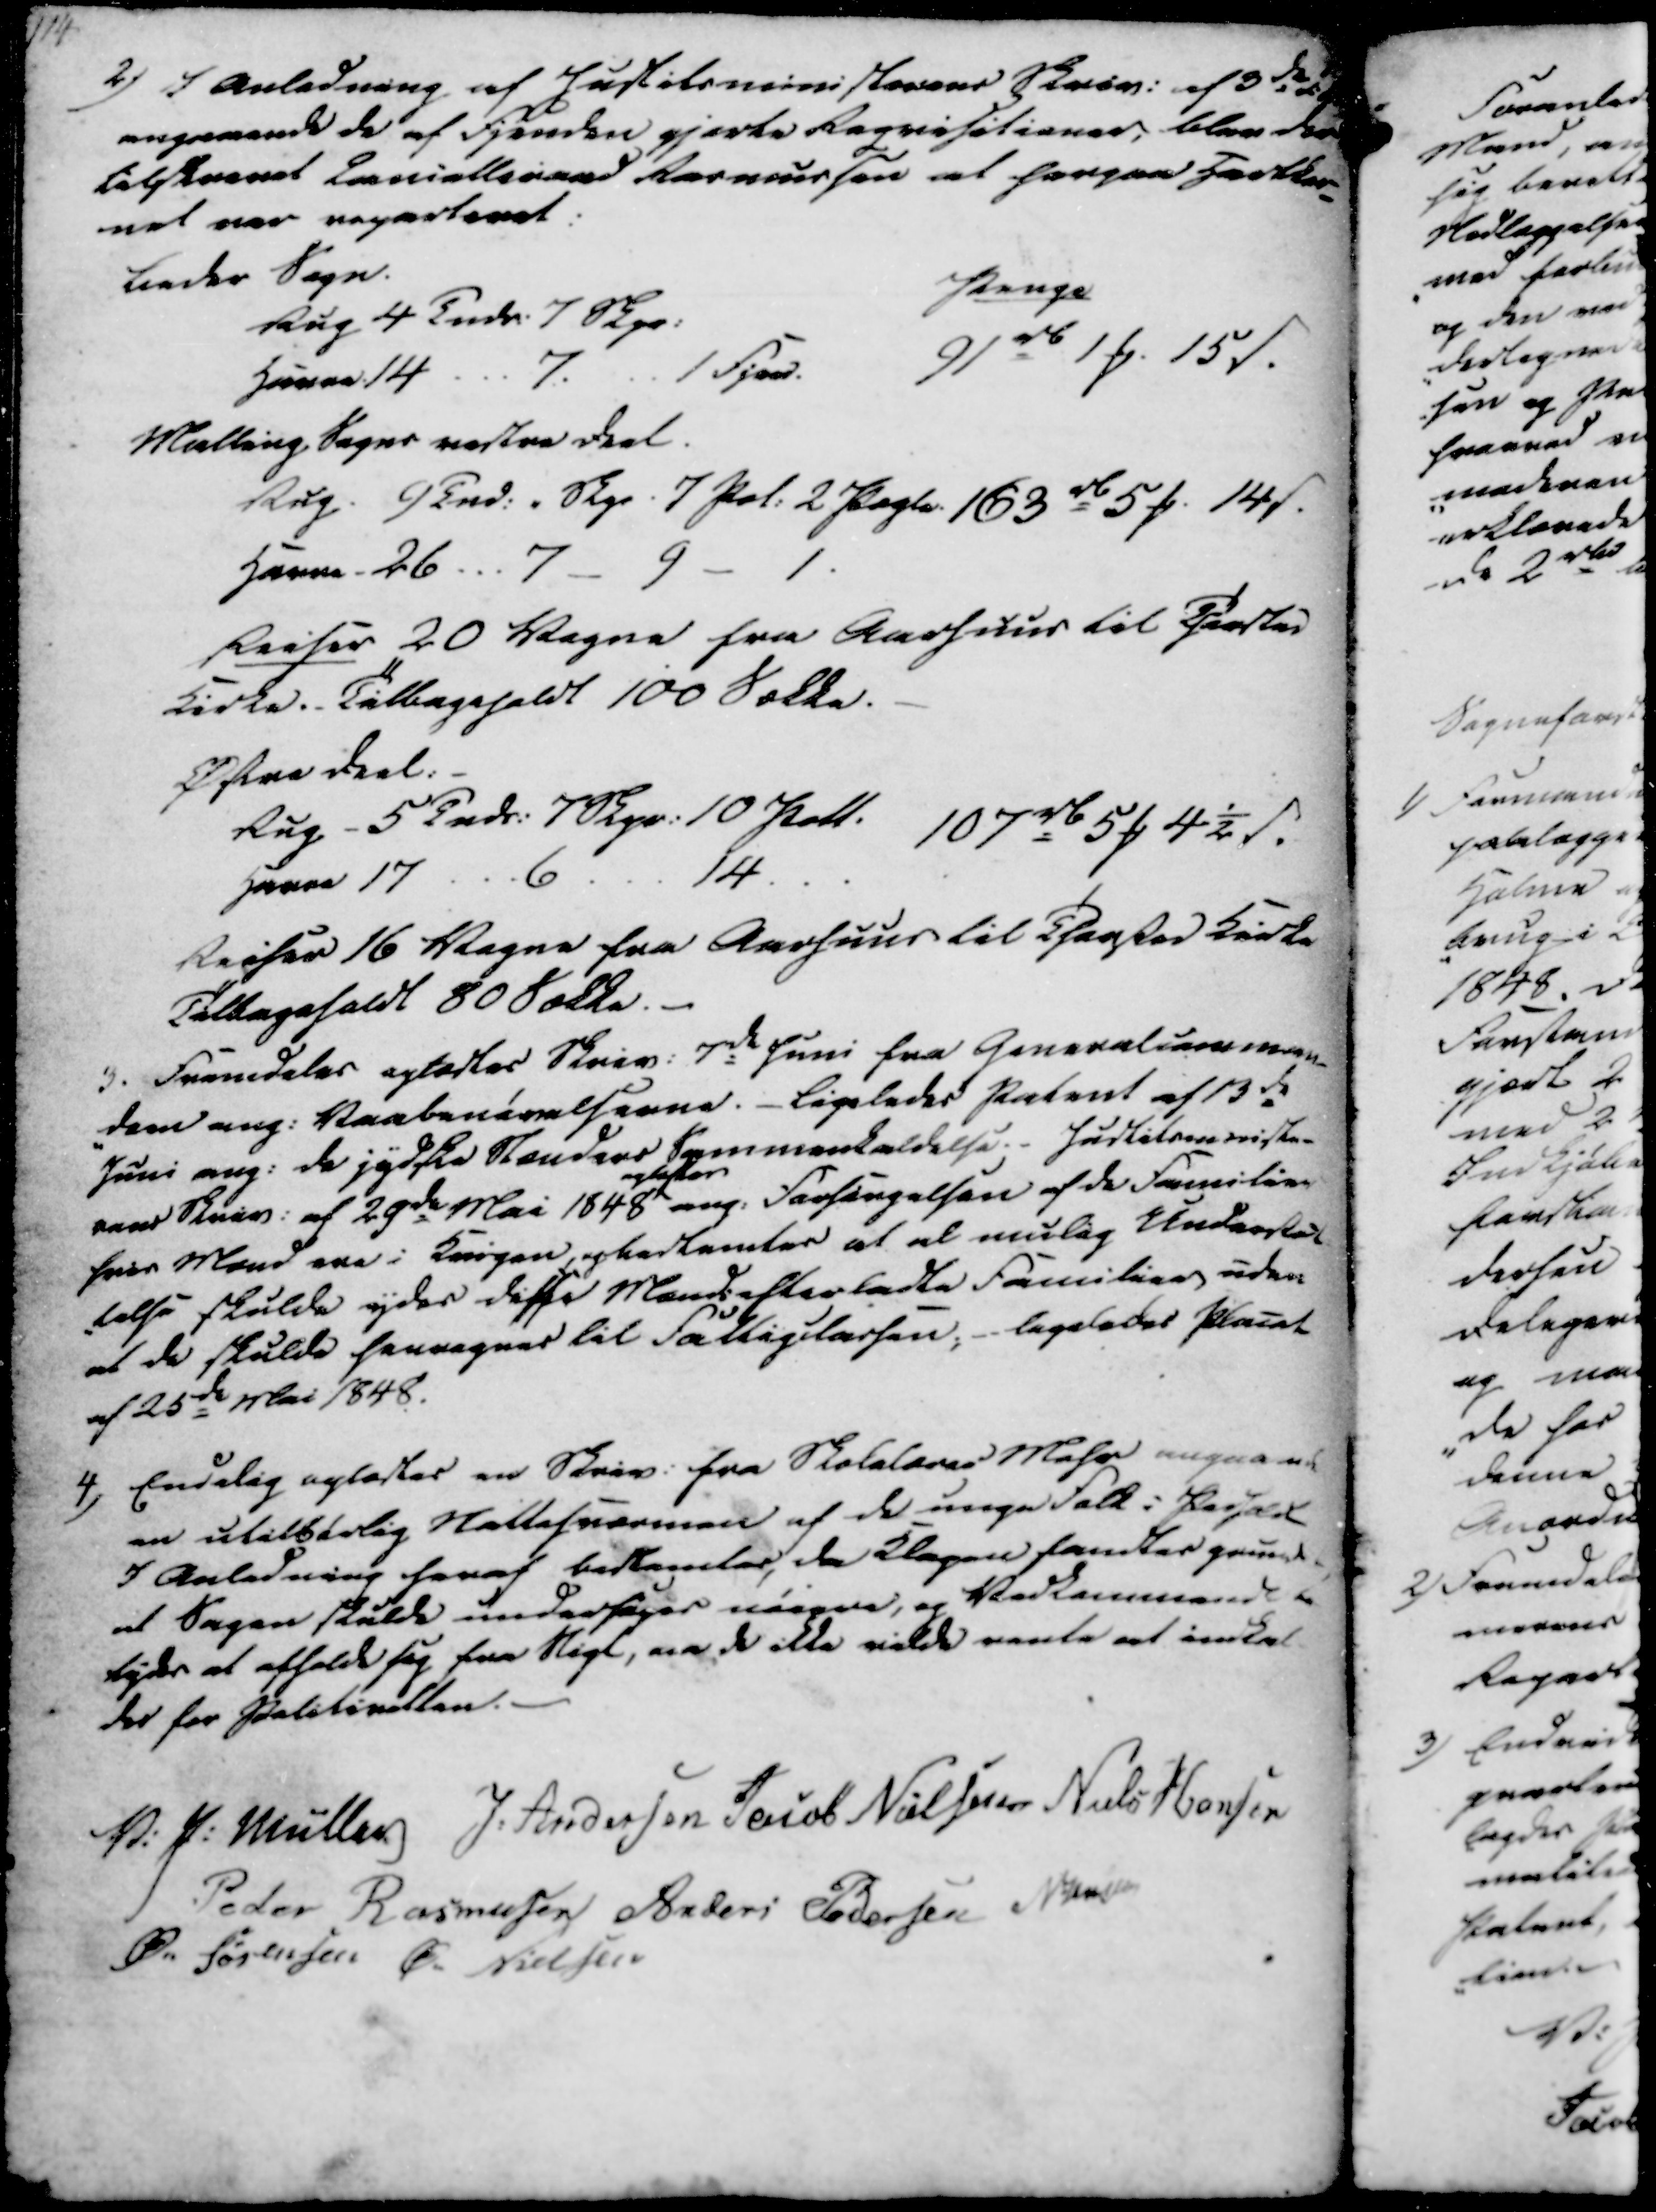
Transskription:
114

2) I Anledning af Justitsministerens Skriv. af 3de d.
angaaaende de af Frenden gjorte Reqvisitioner, blev der
tilskrevet Cancelliraad Rasmussen at herpaa Hartkor-
net var reparteret:
Beder Sogn.
Rug 4 Tndr. 7 Skpr.
Penge
Havre 14
7.
1 Fjed
91 rd 1 ₻. 15 ẞ.
Malling Sogns vestre Deel.
Rug. 9 Tnd. " Skpr. 7 Pol. 2 Pagte. 163 rd 5 ₻. 14 ẞ.
Havre - 26 ... 7 - 9 - 1.
Reiser 20 Vogne fra Aarhuus til Taasted
Kirke. Tilbageholdt 100 Sække.
Østre Deel:
Rug. 5 Tndr. 7 Skpr. 10 Poll. 107 rd 5 ₻ 4½ ẞ.
Havre 17
6
14
Reiser 16 Vogne fra Aarhuus til Taasted Kirke
Tilbageholdt 80 Sække.

3. Fremdeles oplæstes Skriv. 7de Juni fra Generalcomman-
den ang. Vaabenøvelserne. - Ligeledes Patent af 13de
Juni ang. de jydske Stænders Sammenkaldelse. Indtilcommiste-
rens Skriv. af 29de Mai 1848
oplæstes
ang. Forsørgelsen af de Familier
hvis Mand ere i Krigen, og bestemtes at al mulig Understøt
-telse skulde ydes disse Mænds efterladte Familier uden
at de skulde henregnes til Fattigkassen, - ligeledes Placat
af 25de Mai 1848.

4) Endelig oplæstes en Skriv. fra Skolelærer Mohr angaande
en utilbørlig Nattesværmen af de unge Folk i Pedholdt
I Anledning heraf bestemtes, da Klagen fandtes grund
at Sagen skulde undersøges nøigre, og Vedkommende be
tyder at afholde sig fra Stigl, ved ikke vilde vente at indkal
des for Politiretten.

V. P. Müller
J. Andersen
Jacob Nielsen
Niels Hansen
Peder Rasmussen
Anders Pedersen
N Jensen
Ø. Sørensen
Ø. Nielsen